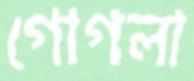
গোগলা